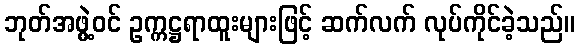
ဘုတ်အဖွဲ့ဝင် ဥက္ကဋ္ဌရာထူးများဖြင့် ဆက်လက် လုပ်ကိုင်ခဲ့သည်။